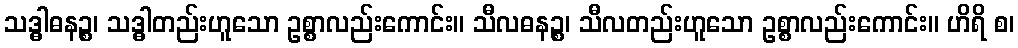
သဒ္ဓါဓနဉ္စ၊ သဒ္ဓါတည်းဟူသော ဥစ္စာလည်းကောင်း။ သီလဓနဉ္စ၊ သီလတည်းဟူသော ဥစ္စာလည်းကောင်း။ ဟိရိ စ၊